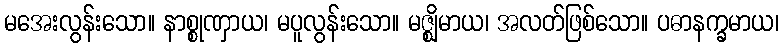
မအေးလွန်းသော။ နာစ္စုဏှာယ၊ မပူလွန်းသော။ မဇ္ဈိမာယ၊ အလတ်ဖြစ်သော။ ပဓာနက္ခမာယ၊